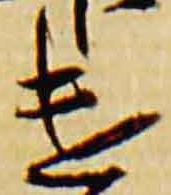
違